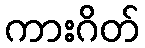
ကားဂိတ်